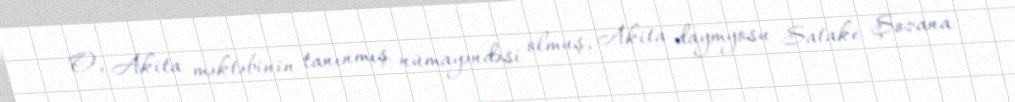
O, Akita məktəbinin tanınmış nümayəndəsi olmuş, Akita daymyosu Satake Şozana